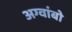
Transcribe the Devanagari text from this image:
अग्वांबो